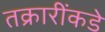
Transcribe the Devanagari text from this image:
तक्रारींकडे